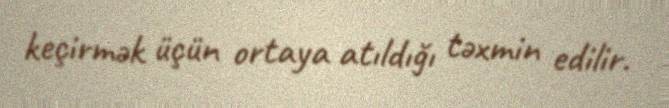
keçirmək üçün ortaya atıldığı təxmin edilir.